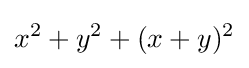
x^{2}+y^{2}+(x+y)^{2}